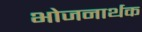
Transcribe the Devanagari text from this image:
भोजनार्थक